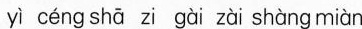
yì céng shā zi gài zài shàng miàn